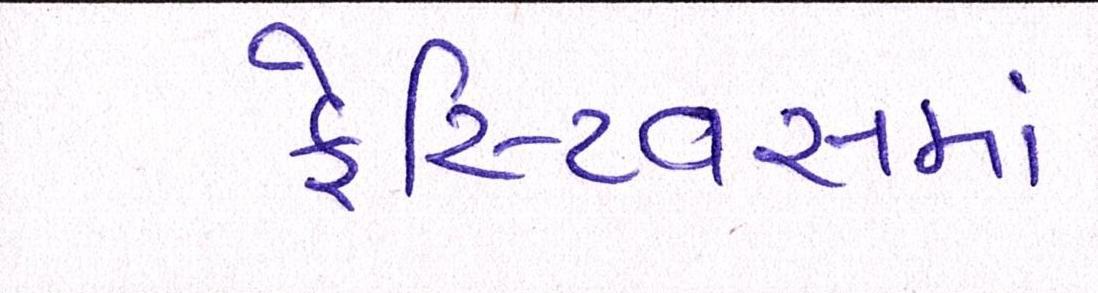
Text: ફેસ્ટિવસમાં